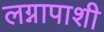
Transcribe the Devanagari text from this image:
लग्नापाशी